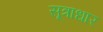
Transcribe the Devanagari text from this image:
सूत्राधार